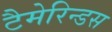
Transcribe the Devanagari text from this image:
टैमेरिन्डस